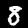
Label: 8